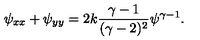
\psi _ { x x } + \psi _ { y y } = 2 k { \frac { \gamma - 1 } { ( \gamma - 2 ) ^ { 2 } } } \psi ^ { \gamma - 1 } .